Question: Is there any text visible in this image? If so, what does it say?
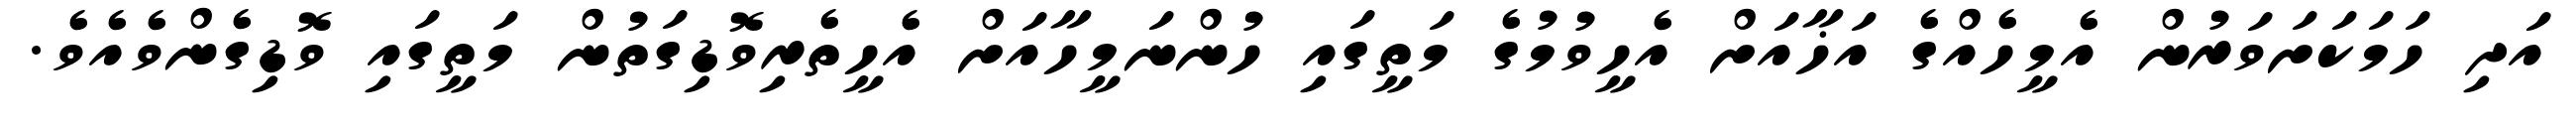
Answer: އަދި ހަމަކަށަވަރުން އެމީހެއްގެ އަޚާއަށް އެހީވުމުގެ މަތީގައި ހުންނަމީހާއަށް އެހީތެރިވޮޑިގަތުން މަތީގައި ވޮޑިގެންވެއެވެ.